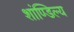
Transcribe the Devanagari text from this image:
शांण्डिल्य